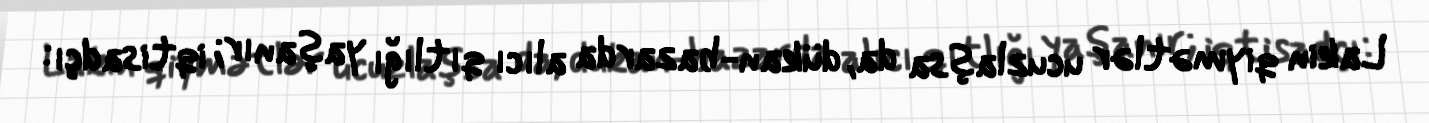
Lakin qiymətlər ucuzlaşsa da, dükan-bazarda alıcı qıtlığı yaşanır; iqtisadçı: